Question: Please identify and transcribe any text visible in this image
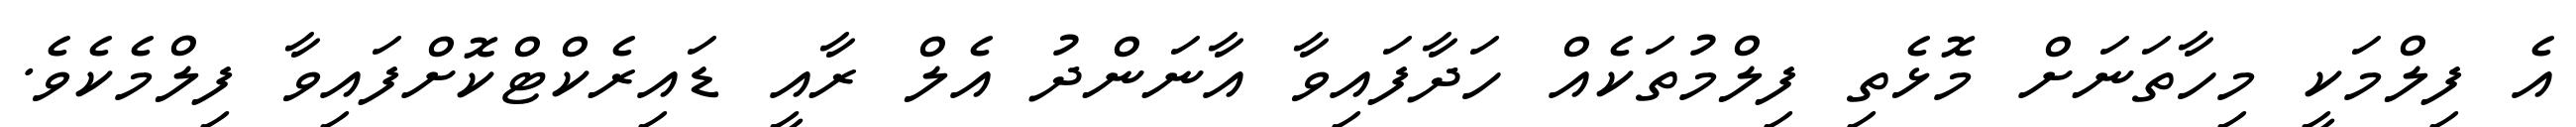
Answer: އެ ފިލްމަކީ މިހާތަނަށް މޮޅެތި ފިލްމުތަކެއް ހަދާފައިވާ އާނަންދު އެލް ރާއީ ޑައިރެކްޓްކޮށްފައިވާ ފިލްމެކެވެ.